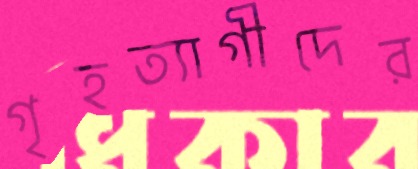
গৃহত্যাগীদের